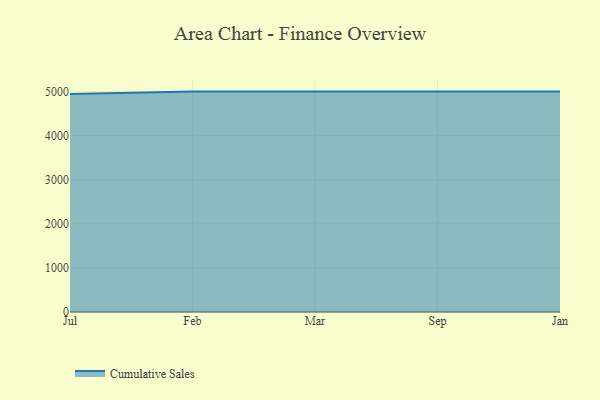
{"axis": {"x": "Month", "y": "Temperature (°C)"}, "legend": ["Cumulative Sales"], "data": [{"x": "Jul", "y": 4943.8, "type": "Cumulative Sales"}, {"x": "Feb", "y": 5000, "type": "Cumulative Sales"}, {"x": "Mar", "y": 5000, "type": "Cumulative Sales"}, {"x": "Sep", "y": 5000, "type": "Cumulative Sales"}, {"x": "Jan", "y": 5000, "type": "Cumulative Sales"}]}